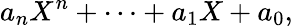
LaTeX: a_{n}X^{n}+\dotsb+a_{1}X+a_{0},